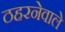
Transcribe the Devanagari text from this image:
ठहरनेवाले